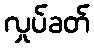
လှုပ်ခတ်